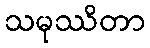
သမုဿိတာ